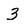
Character: 3